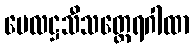
ဗေလဋ္ဌသီသတ္ထေရဂါထာ